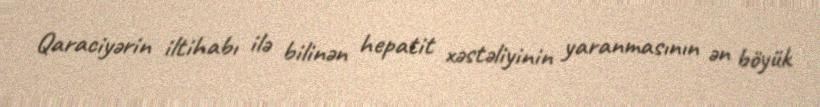
Qaraciyərin iltihabı ilə bilinən hepatit xəstəliyinin yaranmasının ən böyük